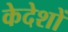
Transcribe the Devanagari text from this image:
केदेशों